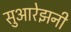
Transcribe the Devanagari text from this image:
सुआरेझनी